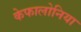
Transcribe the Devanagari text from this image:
केफालोनिया